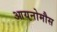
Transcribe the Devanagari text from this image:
आयनोमौस